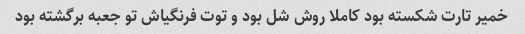
خمیر تارت شکسته بود کاملا روش شل بود و توت فرنگیاش تو جعبه برگشته بود